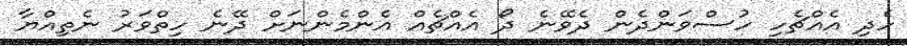
ހެދި އެއްޗެހި ހުސްވަންދެން ދެވޭނެ ދޯ އެއްޗެއް އެންމެންނަށް ދޭނެ ހިތްވަރު ނެތިއްޔާ